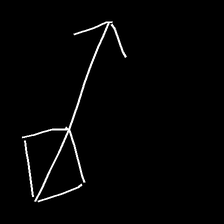
Glyph: focus